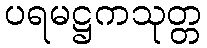
ပရမဋ္ဌကသုတ္တ